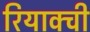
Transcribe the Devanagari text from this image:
रियाक्ची